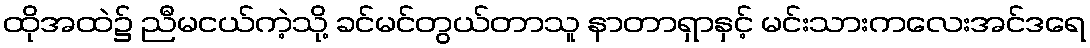
ထိုအထဲ၌ ညီမငယ်ကဲ့သို့ ခင်မင်တွယ်တာသူ နာတာရှာနှင့် မင်းသားကလေးအင်ဒရေ